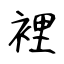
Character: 裡